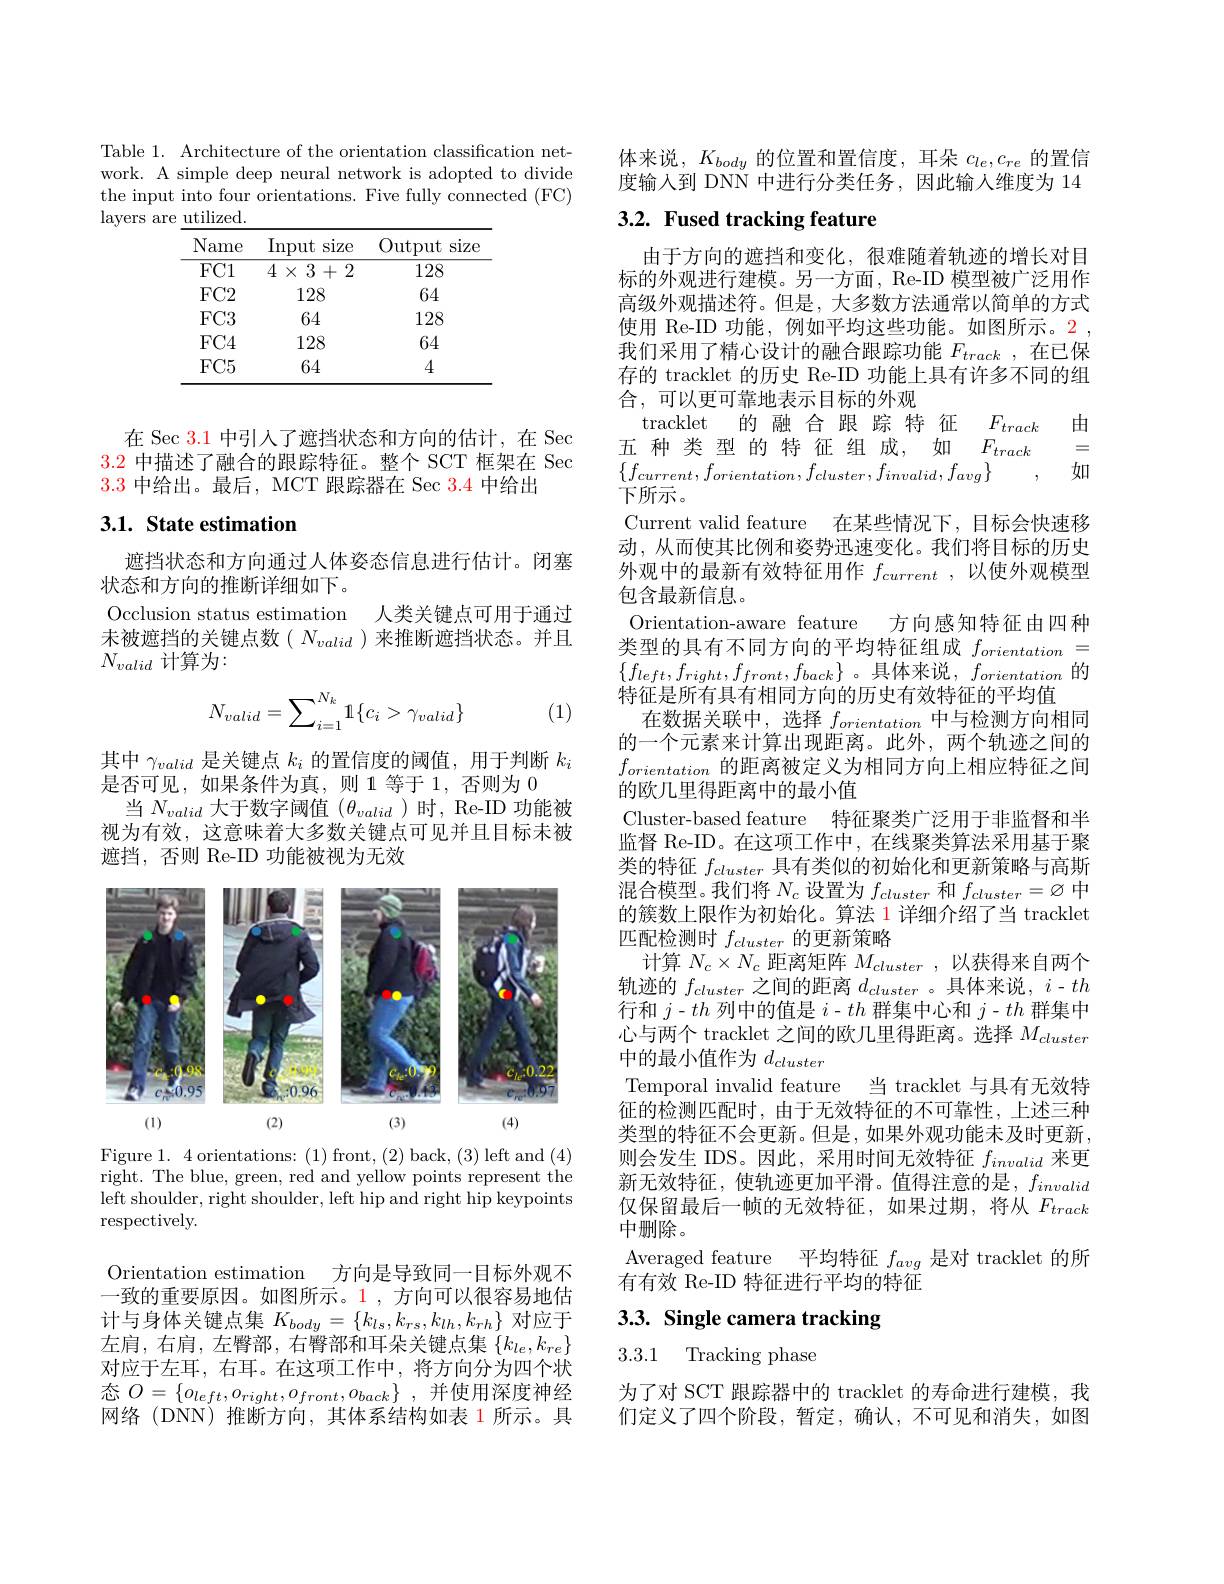
Table 1. Architecture of the orientation classification network. A simple deep neural network is adopted to divide the input into four orientations. Five fully connected (FC) layers are utilized.

<table>
	<tbody>
		<tr>
			<th>Name</th>
			<th>Input size</th>
			<th>Output $\operatorname{siz\epsilon}$</th>
		</tr>
		<tr>
			<td>$\overline{\mathrm{FC1}}$</td>
			<td>$4\times3+2$</td>
			<td>128</td>
		</tr>
		<tr>
			<td>$FC2$</td>
			<td>128</td>
			<td>64</td>
		</tr>
		<tr>
			<td>$FC3$</td>
			<td>64</td>
			<td>128</td>
		</tr>
		<tr>
			<td>$FC4$</td>
			<td>128</td>
			<td>64</td>
		</tr>
		<tr>
			<td>$FC5$</td>
			<td>64</td>
			<td>4</td>
		</tr>
	</tbody>
</table>

在 Sec 3.1 中引人了遮挡状态和方向的估计，在 Sec 3.2中描述了融合的跟踪特征。整个 SCT 框架在 Sec 3.3中给出。最后，MCT 跟踪器在 Sec $\color{red}{3.4}$中给出

## 3.1. State estimation

遮挡状态和方向通过人体姿态信息进行估计。闭塞
状态和方向的推断详细如下。
Occlusion status estimation 人类关键点可用于通过未被遮挡的关键点数( $N_valid$ )来推断遮挡状态。并且$N_{valid}$计算为：
$$N_{valid}=\sum_{i=1}^{N_k}\mathbb{1}\{c_i>\gamma_{valid}\}$$
(1)

其中$\gamma_valid$是关键点$k_i$的置信度的阈值，用于判断$k_i$
是否可见，如果条件为真，则1等于1，否则为0
当$N_valid$ 大于数字阈值 $(\theta_valid$)时，Re-ID 功能被视为有效，这意味着大多数关键点可见并且目标未被遮挡，否则 Re-ID 功能被视为无效

<FigureHere>

Figure 1. 4 orientations: (1) front, (2) back, (3) left and (4) right. The blue, green, red and yellow points represent the $\bar{\text{left shoulder, right shoulder, left hip and right hip keypoints}}$ respectively.

Orientation estimation 方向是导致同一目标外观不一致的重要原因。如图所示。1,方向可以很容易地估计与身体关键点集$K_body=\{k_ls,k_{rs},k_{lh},k_{rh}\}$对应于左肩，右肩，左臀部，右臀部和耳朵关键点集$\{k_le,k_{re}\}$ 对应于左耳，右耳。在这项工作中，将方向分为四个状态$O= \{ o_{left}, o_{right}, o_{front}, o_{back}\}$ ,并使用深度神经网络(DNN)推断方向，其体系结构如表 1 所示。具

体来说，$K_body$的位置和置信度，耳朵$c_le,c_{re}$的置信度输入到 DNN 中进行分类任务，因此输人维度为 14

## 3.2. Fused tracking feature

由于方向的遮挡和变化，很难随着轨迹的增长对目标的外观进行建模。另一方面，Re-ID 模型被广泛用作高级外观描述符。但是，大多数方法通常以简单的方式使用 Re-ID 功能，例如平均这些功能。如图所示。2 , 我们采用了精心设计的融合跟踪功能$F_{track}$ ,在已保存的 tracklet 的历史 Re-ID 功能上具有许多不同的组合，可以更可靠地表示目标的外观
tracklet 的融合跟踪特征 $F_{track}$由
五种类型的特征组成，如$F_{track}$
= 如
$\overline{\{f_{current},f_{orientation},f_{cluster},f_{invalid},f_{avg}\}}$
下所示。
Current valid feature 在某些情况下，目标会快速移动，从而使其比例和姿势迅速变化。我们将目标的历史外观中的最新有效特征用作$f_current$,以使外观模型包含最新信息。
方向感知特征由四种
Orientation-aware feature
类型的具有不同方向的平均特征组成$f_{orientation}=$ $\{f_{left},f_{right},f_{front},f_{back}\}$。具体来说$,f_orientation$ 的特征是所有具有相同方向的历史有效特征的平均值
在数据关联中，选择$f_orientation$中与检测方向相同的一个元素来计算出现距离。此外，两个轨迹之间的$f_{orientation}$的距离被定义为相同方向上相应特征之间的欧几里得距离中的最小值
Cluster-based feature 特征聚类广泛用于非监督和半监督 Re-ID。在这项工作中，在线聚类算法采用基于聚类的特征$f_{cluster}$具有类似的初始化和更新策略与高斯混合模型。我们将$N_c$设置为$f_cluster$和$f_cluster=\varnothing$中的簇数上限作为初始化。算法 1 详细介绍了当 tracklet 匹配检测时$f_cluster$的更新策略
计算$N_{c}\times N_{c}$距离矩阵$M_cluster$,以获得来自两个轨迹的$f_{cluster}$之间的距离$d_cluster$ 。具体来说，$i-th$ 行和$j-th$列中的值是$i-th$群集中心和$j-th$群集中心与两个 tracklet 之间的欧几里得距离。选择$M_{cluster}$ 中的最小值作为$d_cluster$
Temporal invalid feature 当 tracklet 与具有无效特征的检测匹配时，由于无效特征的不可靠性，上述三种类型的特征不会更新。但是，如果外观功能未及时更新， 则会发生 IDS。因此，采用时间无效特征$f_{invalid}$来更新无效特征，使轨迹更加平滑。值得注意的是，$f_invalid$ 仅保留最后一帧的无效特征，如果过期，将从$F_{track}$ 中删除。
Averaged feature 平均特征$f_{avg}$是对 tracklet 的所
有有效 Re-ID 特征进行平均的特征
3.3. Single camera tracking

3.3.1 Tracking phase

为了对 SCT 跟踪器中的 tracklet 的寿命进行建模，我们定义了四个阶段，暂定，确认，不可见和消失，如图